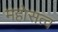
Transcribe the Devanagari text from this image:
महोसत्व